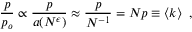
\frac { p } { p _ { o } } \propto \frac { p } { a ( N ^ { \epsilon } ) } \approx \frac { p } { N ^ { - 1 } } = N p \equiv \left< k \right> \ ,